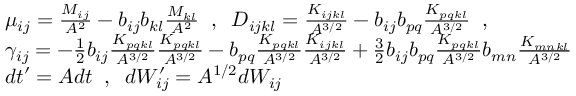
\begin{array} { r l } & { \mu _ { i j } = \frac { M _ { i j } } { A ^ { 2 } } - b _ { i j } b _ { k l } \frac { M _ { k l } } { A ^ { 2 } } \; \; , \; \; D _ { i j k l } = \frac { K _ { i j k l } } { A ^ { 3 / 2 } } - b _ { i j } b _ { p q } \frac { K _ { p q k l } } { A ^ { 3 / 2 } } \; \; , } \\ & { \gamma _ { i j } = - \frac { 1 } { 2 } b _ { i j } \frac { K _ { p q k l } } { A ^ { 3 / 2 } } \frac { K _ { p q k l } } { A ^ { 3 / 2 } } - b _ { p q } \frac { K _ { p q k l } } { A ^ { 3 / 2 } } \frac { K _ { i j k l } } { A ^ { 3 / 2 } } + \frac { 3 } { 2 } b _ { i j } b _ { p q } \frac { K _ { p q k l } } { A ^ { 3 / 2 } } b _ { m n } \frac { K _ { m n k l } } { A ^ { 3 / 2 } } } \\ & { d t ^ { \prime } = A d t \; \; , \; \; d W _ { i j } ^ { \prime } = A ^ { 1 / 2 } d W _ { i j } } \end{array}